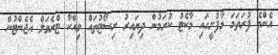
އެންމެ ފުރަތަމަ މާފުށީގައި މާކެޓު ކުރަމުން ދިޔައިރު ރިސޯޓުތައް ވިއްކާ ޓްރެވަލް އެޖެންޓުން